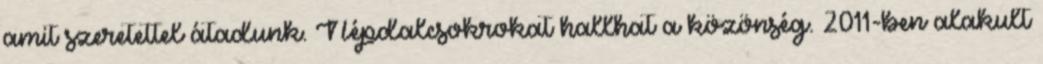
amit szeretettel átadunk. Népdalcsokrokat hallhat a közönség. 2011-ben alakult